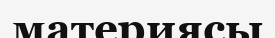
материясы